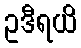
ဥဒီရယိ